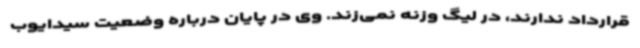
قرارداد ندارند، در لیگ وزنه نمی‌زند. وی در پایان درباره وضعیت سیدایوب